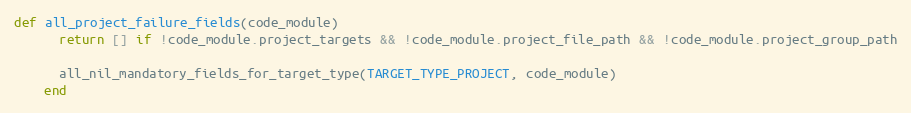
Language: Ruby
def all_project_failure_fields(code_module)
      return [] if !code_module.project_targets && !code_module.project_file_path && !code_module.project_group_path

      all_nil_mandatory_fields_for_target_type(TARGET_TYPE_PROJECT, code_module)
    end